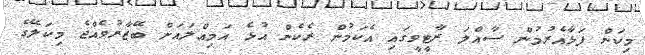
މިކަން ފަޅާއެރުމުން ސާއްލަ ރާޓީވީގައި އެކަމުން ރެކެން އުޅެ އަމިއްލައަށް ބޭޒާރުވެއްޖެ މިކަލޭގެ